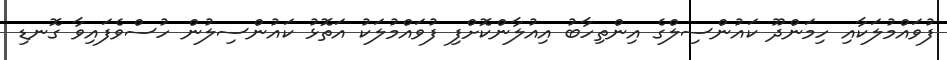
ފުވައްމުލަކާއި ހިމަންދޫ ކައުންސިލްގެ އިންތިހާބު އިއުލާންކޮށްފި ފުވައްމުލަކު އަތޮޅު ކައުންސިލުން ހުސްވެފައިވާ ގޮނޑި